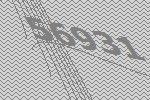
56931